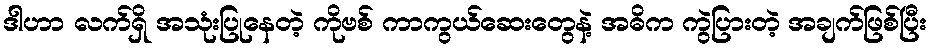
ဒါဟာ လက်ရှိ အသုံးပြုနေတဲ့ ကိုဗစ် ကာကွယ်ဆေးတွေနဲ့ အဓိက ကွဲပြားတဲ့ အချက်ဖြစ်ပြီး